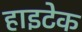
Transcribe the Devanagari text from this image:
हाइटेक